Civil Veterinary Department Bihar reports 1940-50 - 1940-1950
Year: 1940
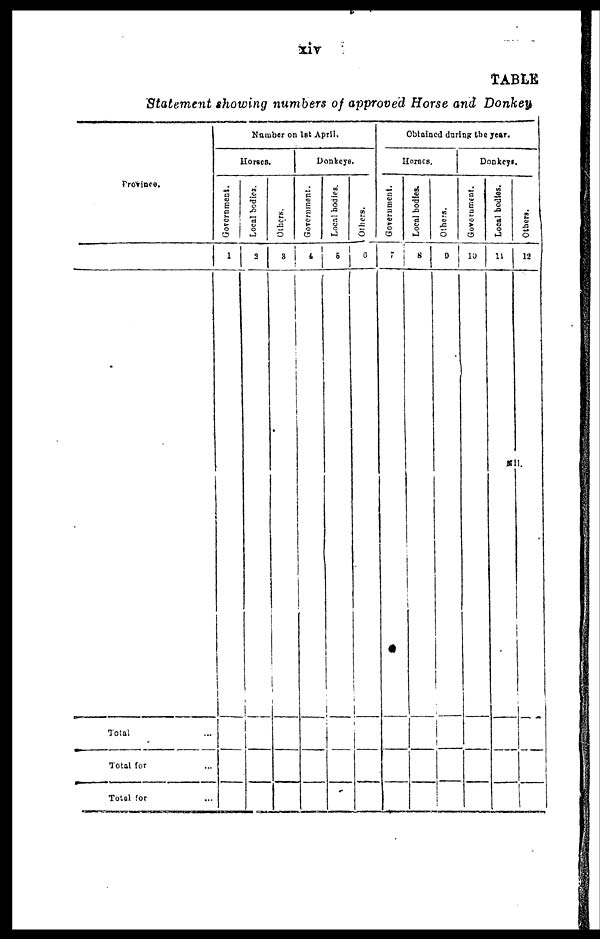
xiv
TABLE
Statement showing numbers of approved Horse and Donkey
Province.
Total ...
Total for ...
Total for...
Number on 1st April.
Horses.
Government.
1
Local bodies.
2
Others.
3
Donkeys.
Government.
4
Local bodies.
5
Others.
6
Obtained during the year.
Horses.
Government.
7
Local bodies.
8
Others.
9
Donkeys.
Government.
10
Local bodies.
11
Others.
12
Nil.